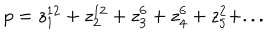
p = z _ { 1 } ^ { 1 2 } + z _ { 2 } ^ { 1 2 } + z _ { 3 } ^ { 6 } + z _ { 4 } ^ { 6 } + z _ { 5 } ^ { 2 } + . . .